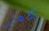
كاهلي